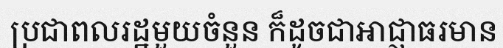
ប្រជាពលរដ្ឋមួយចំនួន ក៏ដូចជាអាជ្ញាធរមាន